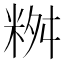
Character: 𥹮